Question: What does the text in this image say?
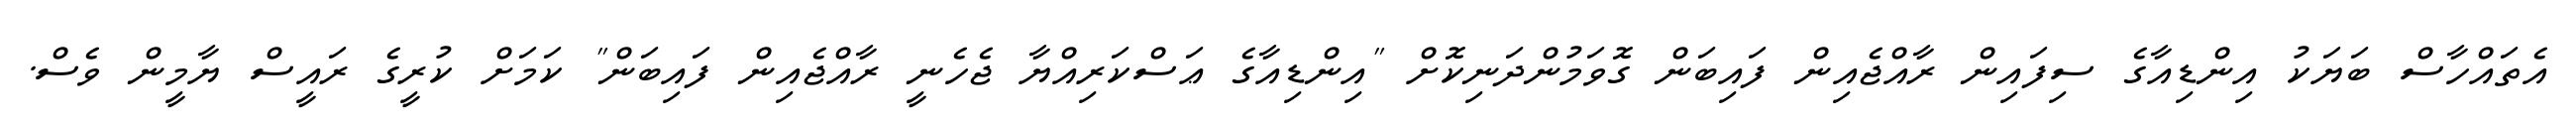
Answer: އެތައްހާސް ބަޔަކު އިންޑިއާގެ ސިފައިން ރާއްޖެއިން ފައިބަން ގޮވަމުންދަނިކޮށް "އިންޑިއާގެ ޢަސްކަރިއްޔާ ޖެހެނީ ރާއްޖެއިން ފައިބަން" ކަމަށް ކުރީގެ ރައީސް ޔާމީން ވެސް.